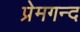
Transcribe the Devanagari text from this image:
प्रेमगन्द